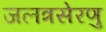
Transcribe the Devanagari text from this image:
जलत्रसेरणु